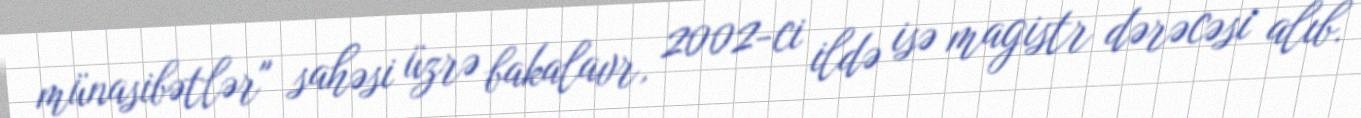
münasibətlər" sahəsi üzrə bakalavr, 2002-ci ildə isə magistr dərəcəsi alıb.